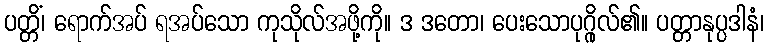
ပတ္တိံ၊ ရောက်အပ် ရအပ်သော ကုသိုလ်အဖို့ကို။ ဒ ဒတော၊ ပေးသောပုဂ္ဂိုလ်၏။ ပတ္တာနုပ္ပဒါနံ၊